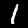
Label: 1